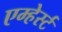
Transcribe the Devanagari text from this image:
एम्हेर्स्ट